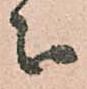
被